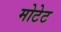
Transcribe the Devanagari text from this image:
मोटेट